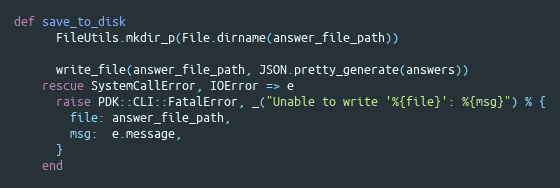
Language: Ruby
def save_to_disk
      FileUtils.mkdir_p(File.dirname(answer_file_path))

      write_file(answer_file_path, JSON.pretty_generate(answers))
    rescue SystemCallError, IOError => e
      raise PDK::CLI::FatalError, _("Unable to write '%{file}': %{msg}") % {
        file: answer_file_path,
        msg:  e.message,
      }
    end